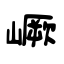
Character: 嶥